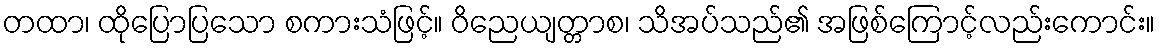
တထာ၊ ထိုပြောပြသော စကားသံဖြင့်။ ဝိညေယျတ္တာစ၊ သိအပ်သည်၏ အဖြစ်ကြောင့်လည်းကောင်း။